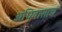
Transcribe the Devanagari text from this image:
अधिवासाचं